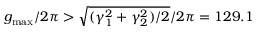
g _ { \mathrm { m a x } } / 2 \pi > \sqrt { ( \gamma _ { 1 } ^ { 2 } + \gamma _ { 2 } ^ { 2 } ) / 2 } / 2 \pi = 1 2 9 . 1